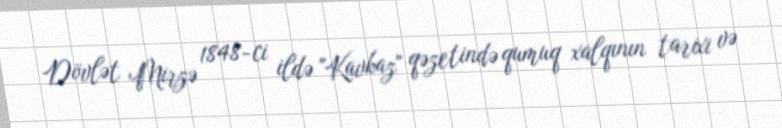
Dövlət Mirzə 1848-ci ildə "Kavkaz" qəzetində qumuq xalqının tarixi və